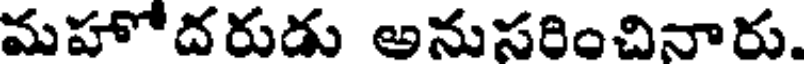
మహోదరుడు అనుసరించినారు.